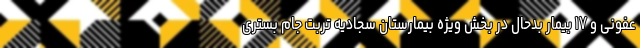
عفونی و ۱۷ بیمار بدحال در بخش ویژه بیمارستان سجادیه تربت جام بستری